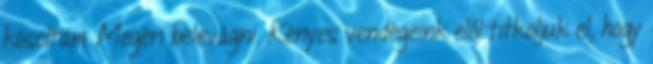
kósoltam. Megéri belevágni. Kényes vendégeink elől titkoljuk el, hogy